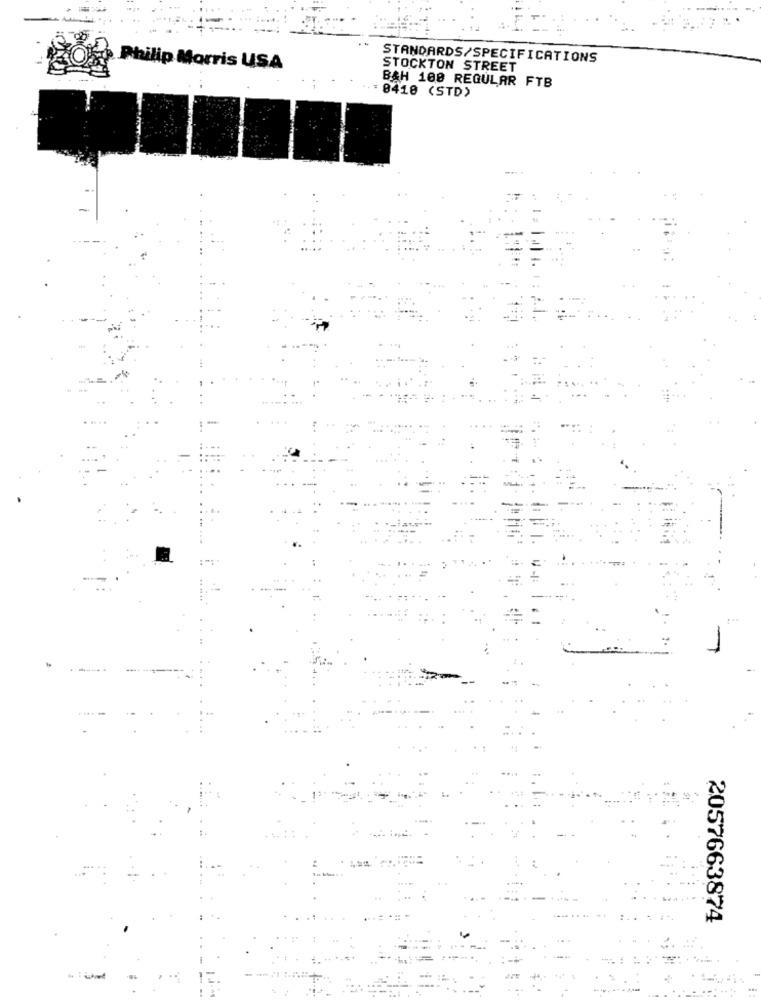
STANDARDS/SPECIFICATIONS
Philip Morris USA
STOCKTON STREET
B&H 100 REGULAR FTB
= 0410 (STD)
2057663874
----